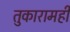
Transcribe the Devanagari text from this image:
तुकारामही